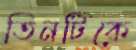
তিনটিকে